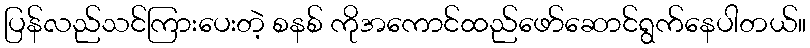
ပြန်လည်သင်ကြားပေးတဲ့ စနစ် ကိုအကောင်ထည်ဖော်ဆောင်ရွက်နေပါတယ်။